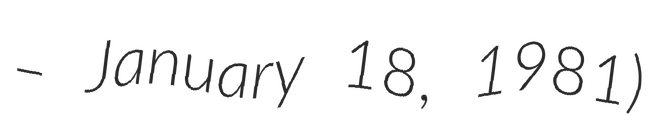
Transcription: – January 18, 1981)